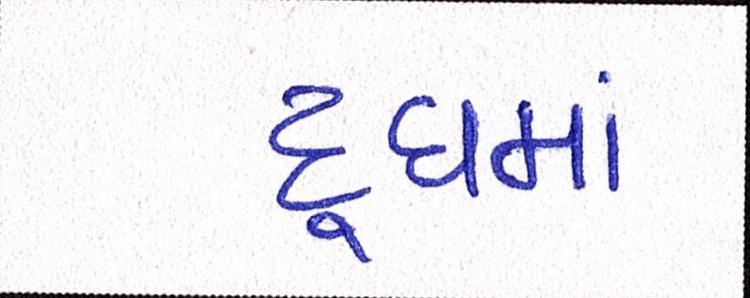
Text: દૂધમાં